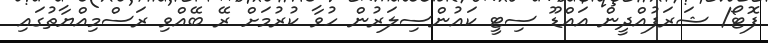
ފޮޓޯ/ ޝަރަފުއްދީން އައްޑޫ ސިޓީ ކައުންސިލަރުން ހުވާ ކުރުމަށް ރޭ ބޭއްވި ރަސްމިއްޔާތުގައި